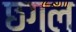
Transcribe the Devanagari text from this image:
छगल